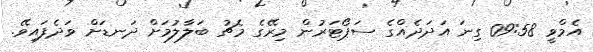
އެމްވީ 09:58 ގިނަ އަދަދެއްގެ ސަޕޯޓަރުން މިރޭގެ މެޗު ބަލާލުމަށް ދަނޑަށް ވަދެފައިވޭ.